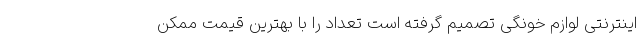
اینترنتی لوازم خونگی تصمیم گرفته است تعداد را با بهترین قیمت ممکن